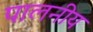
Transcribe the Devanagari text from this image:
पालनीय